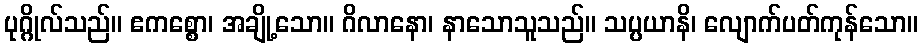
ပုဂ္ဂိုလ်သည်။ ဧကစ္စော၊ အချို့သော။ ဂိလာနော၊ နာသောသူသည်။ သပ္ပယာနိ၊ လျောက်ပတ်ကုန်သော။